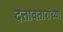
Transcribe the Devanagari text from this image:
दत्तावतारांच्या